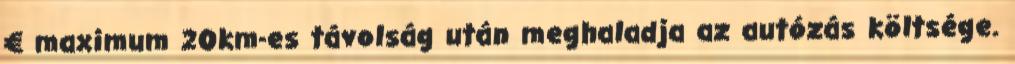
€ maximum 20km-es távolság után meghaladja az autózás költsége.